Triigi_(Aleksandri)_vallavalitsus_Harjumaal, lk 15
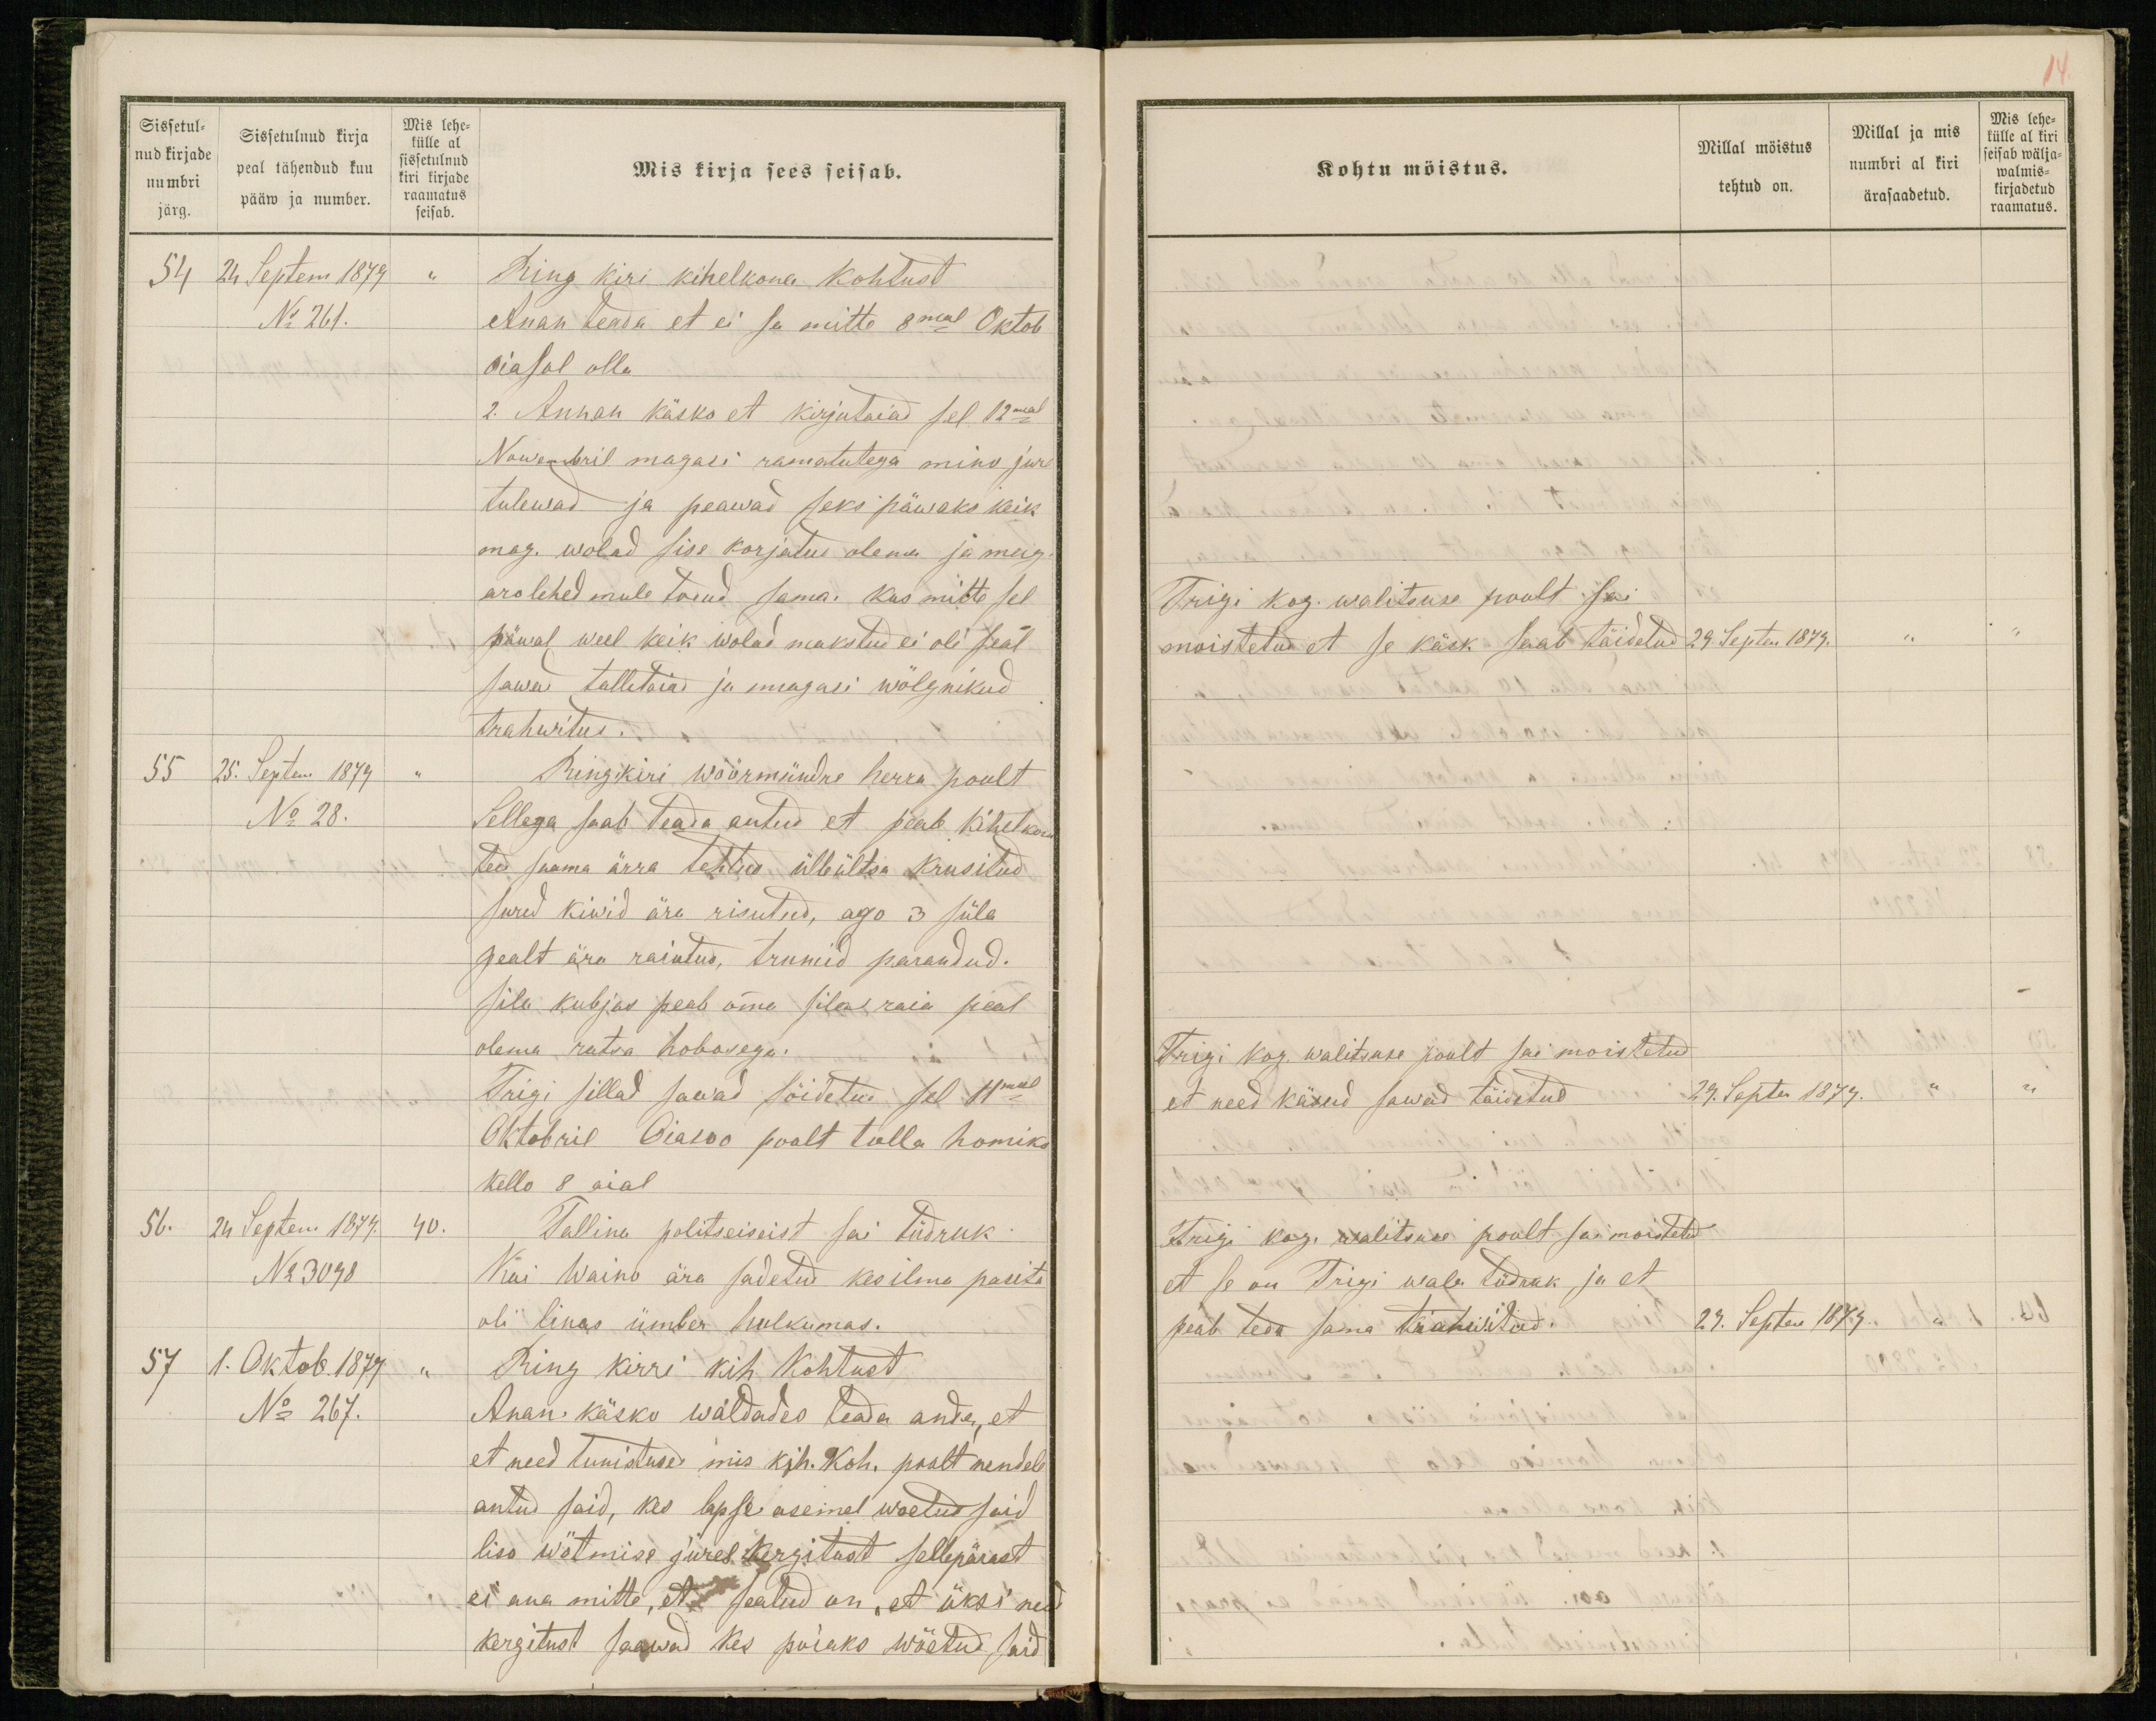
Sissetul-
nud kirjade
numbri
järg.
Sissetulnud kirja
peal tähendud kuu
pääw ja number.
Mis lehe-
külle al
sissetulnud
kiri kirjade
raamatus
seisab.
Mis kirja sees seisab.
54 24 Septem 1879 "
Ring kiri kihelkona kohtust
No 261.
Anan teada et ei sa mitte 8mal Oktob
Oiasol olla.
2. Annan käsko et kirjutaiad sel 12mal
Nowembril magasi ramatutega mino jure
tulewad ja peawad seks päwaks keik
mag. wolad sise korjatus olema ja mag.
arolehed mule toend sama. Kus mitte sel
päwal weel keik wolad makstud ei oli seal
sawad tallitaiad ja magasi wõlgnikud
trahwitus.
55 25. Septem 1879 "
Ring kiri wöörmündre herra poolt
No 28.
Sellega saab teada antud et peab kihelkona
teed saama ärra tehtud ülleültsa krusitud
sured kiwid ära risutud, aga 3 süla
pealt ära raiutud, trumid parandud.
sila kubjas peab omma sila raia peal
olema ratsa hobosega.
Trigi sillad sawad sõidetud sel 11mal
Oktobril Oiasoo poolt tulla homiko
kello 8 aial
56. 24 Septem 1879. 40.
Tallina politseiseist sai tüdruk
No 3098
Kai Waino ära sadetud kes ilma pasita
oli linas ümber hulkumas.
57 1. Oktob. 1879 "
Ring kirri kih Kohtust
No 267.
Anan käsko waldades teada anda, et
et need tunistused mis kih. koh. poolt nendele
antud said, kes lapse asemel woetud said
liso wötmise jures kergitust sellepärast
ei ana mitte, et seatud on, et üksi need
kergitust saawad kes poiaks wõetud said

14
Kohtu möistus.
Millal möistus
tehtud on.
Millal ja mis
numbri al kiri
ärasaadetud.
Mis lehe-
külle al kiri
seisab wälja-
walmis-
kirjadetud
raamatus.
Trigi kog. walitsuse poolt sai
moistetud et se käsk saab täidetud
29. Septen 1879. " "
Trigi kog. walitsuse poolt sai moistetud
et need käsud sawad täidetud
29. Septen 1879. " "
Trigi kog. walitsuse poolt sai moistetud
et se on Trigi wala tüdruk ja et
peab teda sama trahwitud.
29. Septem 1879. " "